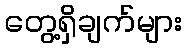
တွေ့ရှိချက်များ